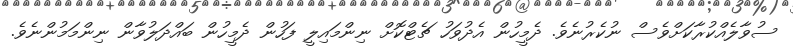
ސުވާލެއްކުރާކަށްވެސް ނުކެރުނެވެ. ދެމީހުން އެދުވަހު ޗެޓްކޮށް ނިންމައިލީ ފަހުން ދެމީހުން ބައްދަލުވާން ނިންމަމުންނެވެ.